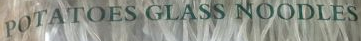
POSATOES GLASS NOODLES